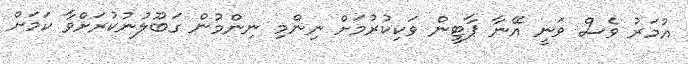
އުމަރު ވެސް ވަނީ އޭނާ ޕާޓީން ވަކިކުރުމަށް ނިންމި ނިންމުން ގަބޫލުނުކުރަށްވާ ކަމަށް